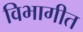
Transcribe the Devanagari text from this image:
विभागीत